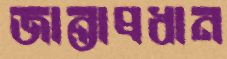
জান্তাপ্রধান